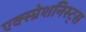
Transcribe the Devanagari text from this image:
एक्स्प्रेशनिस्ट्स